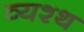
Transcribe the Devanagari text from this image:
व्यश्थ